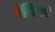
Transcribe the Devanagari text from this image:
बेस्टियरी